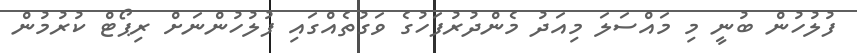
ފުލުހުން ބުނީ މި މައްސަލަ މިއަދު މެންދުރުފަހުގެ ވަގުތެއްގައި ފުލުހުންނަށް ރިޕޯޓް ކުރުމުން